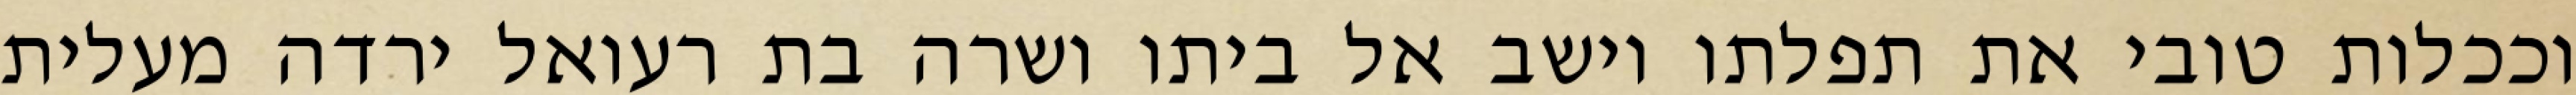
וככלות טובי את תפלתו וישב אל ביתו ושרה בת רעואל ירדה מעלית